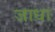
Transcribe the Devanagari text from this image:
जाधा